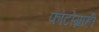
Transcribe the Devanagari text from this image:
फोटोग्राही